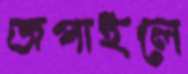
জপাইলে